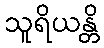
သူရိယန္တိ